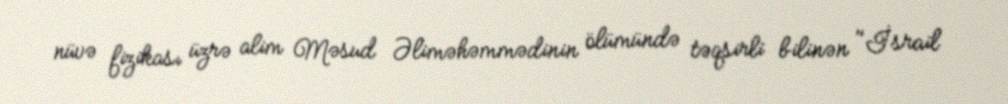
nüvə fizikası üzrə alim Məsud Əliməhəmmədinin ölümündə təqsirli bilinən "İsrail